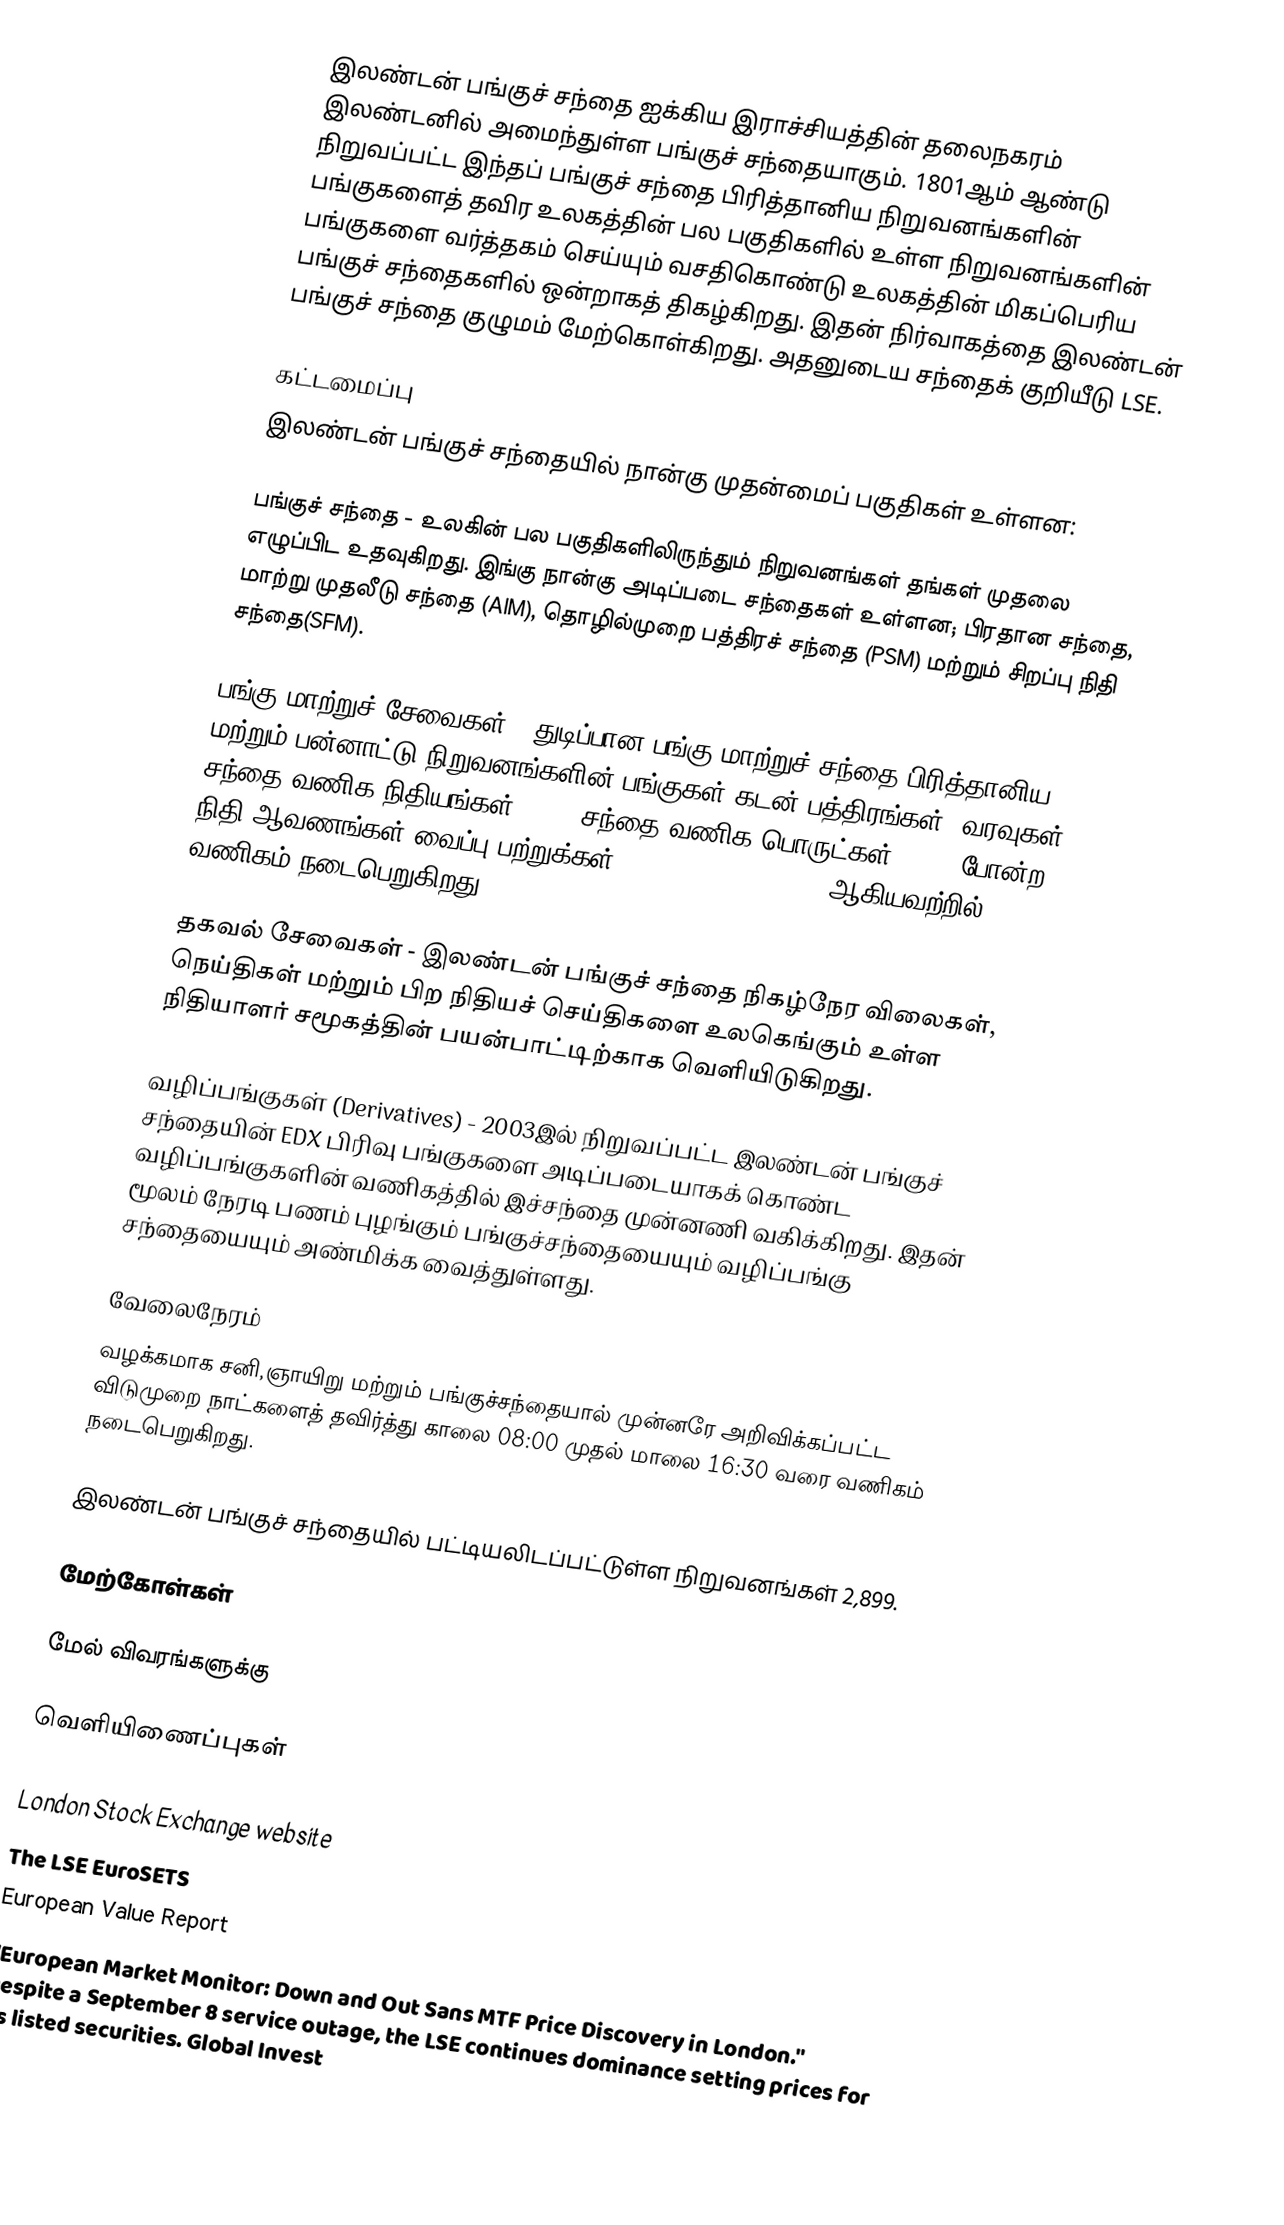
இலண்டன் பங்குச் சந்தை ஐக்கிய இராச்சியத்தின் தலைநகரம் இலண்டனில் அமைந்துள்ள பங்குச் சந்தையாகும். 1801ஆம் ஆண்டு நிறுவப்பட்ட இந்தப் பங்குச் சந்தை பிரித்தானிய நிறுவனங்களின் பங்குகளைத் தவிர உலகத்தின் பல பகுதிகளில் உள்ள நிறுவனங்களின் பங்குகளை வர்த்தகம் செய்யும் வசதிகொண்டு உலகத்தின் மிகப்பெரிய பங்குச் சந்தைகளில் ஒன்றாகத் திகழ்கிறது. இதன் நிர்வாகத்தை இலண்டன் பங்குச் சந்தை குழுமம் மேற்கொள்கிறது. அதனுடைய சந்தைக் குறியீடு LSE.

கட்டமைப்பு
இலண்டன் பங்குச் சந்தையில் நான்கு முதன்மைப் பகுதிகள் உள்ளன:

பங்குச் சந்தை - உலகின் பல பகுதிகளிலிருந்தும் நிறுவனங்கள் தங்கள் முதலை எழுப்பிட உதவுகிறது. இங்கு நான்கு அடிப்படை சந்தைகள் உள்ளன; பிரதான சந்தை, மாற்று முதலீடு சந்தை (AIM), தொழில்முறை பத்திரச் சந்தை (PSM) மற்றும் சிறப்பு நிதி சந்தை(SFM).

பங்கு மாற்றுச் சேவைகள் - துடிப்பான பங்கு மாற்றுச் சந்தை:பிரித்தானிய மற்றும் பன்னாட்டு நிறுவனங்களின் பங்குகள்,கடன் பத்திரங்கள், வரவுகள், சந்தை வணிக நிதியங்கள்(ETFs),சந்தை வணிக பொருட்கள்(ETCs) போன்ற நிதி ஆவணங்கள்,வைப்பு பற்றுக்கள்(depositary receipts) ஆகியவற்றில் வணிகம் நடைபெறுகிறது.

தகவல் சேவைகள் - இலண்டன் பங்குச் சந்தை நிகழ்நேர விலைகள், நெய்திகள் மற்றும் பிற நிதியச் செய்திகளை உலகெங்கும் உள்ள நிதியாளர் சமூகத்தின் பயன்பாட்டிற்காக வெளியிடுகிறது.

வழிப்பங்குகள் (Derivatives) - 2003இல் நிறுவப்பட்ட இலண்டன் பங்குச் சந்தையின் EDX பிரிவு பங்குகளை அடிப்படையாகக் கொண்ட வழிப்பங்குகளின் வணிகத்தில் இச்சந்தை முன்னணி வகிக்கிறது. இதன் மூலம் நேரடி பணம் புழங்கும் பங்குச்சந்தையையும் வழிப்பங்கு சந்தையையும் அண்மிக்க வைத்துள்ளது.

வேலைநேரம்
வழக்கமாக சனி,ஞாயிறு மற்றும் பங்குச்சந்தையால் முன்னரே அறிவிக்கப்பட்ட விடுமுறை நாட்களைத் தவிர்த்து காலை 08:00 முதல் மாலை 16:30 வரை வணிகம் நடைபெறுகிறது.

 இலண்டன் பங்குச் சந்தையில் பட்டியலிடப்பட்டுள்ள நிறுவனங்கள் 2,899.

மேற்கோள்கள்

மேல் விவரங்களுக்கு

வெளியிணைப்புகள்

 London Stock Exchange website
 The LSE EuroSETS
 European Value Report
 "European Market Monitor: Down and Out Sans MTF Price Discovery in London." Despite a September 8 service outage, the LSE continues dominance setting prices for its listed securities. Global Invest